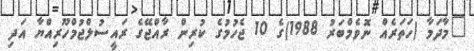
"މާދަމާ (ހަތަރެއް ނޮވެމްބަރު 1988)ގެ 10 ޖެހުމުގެ ކުރިން ރާއްޖޭގެ ރައީސުލްޖުމްހޫރިއްޔާ އަދި